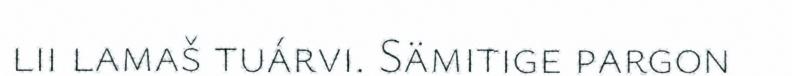
lii lamaš tuárvi. Sämitige pargon